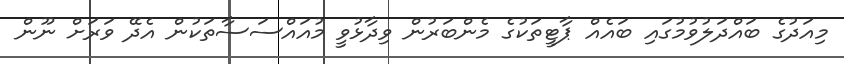
މިއަދުގެ ބައްދަލުވުމުގައި ބައެއް ޕާޓީތަކުގެ މެންބަރުން ވިދާޅުވީ މުއައްސަސާތަކުން އެދޭ ވަރަށް ނޫން